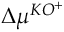
\Delta \mu ^ { K O ^ { + } }